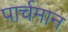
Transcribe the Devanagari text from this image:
पार्चमान